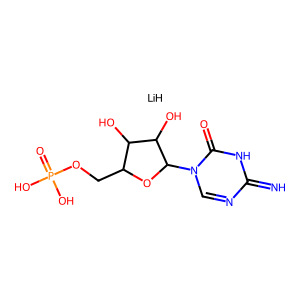
SMILES: N=c1ncn(C2OC(COP(=O)(O)O)C(O)C2O)c(=O)[nH]1.[LiH]
Inhibits HIV replication: No